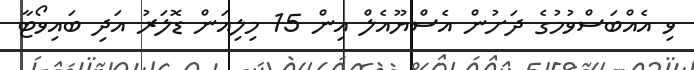
ވި އެއްބަސްވުމުގެ ދަށުން އެސްޔޫއެލް އިން 15 މިލިއަން ޑޮލަރު އަދި ބައިވޯޓާ